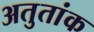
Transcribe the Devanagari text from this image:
अतुतांक